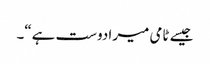
جیسے ٹامی میرا دوست ہے“۔